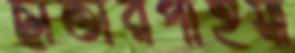
ছাতারপাইয়া